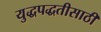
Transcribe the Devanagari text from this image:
युद्धपद्धतीसाठी